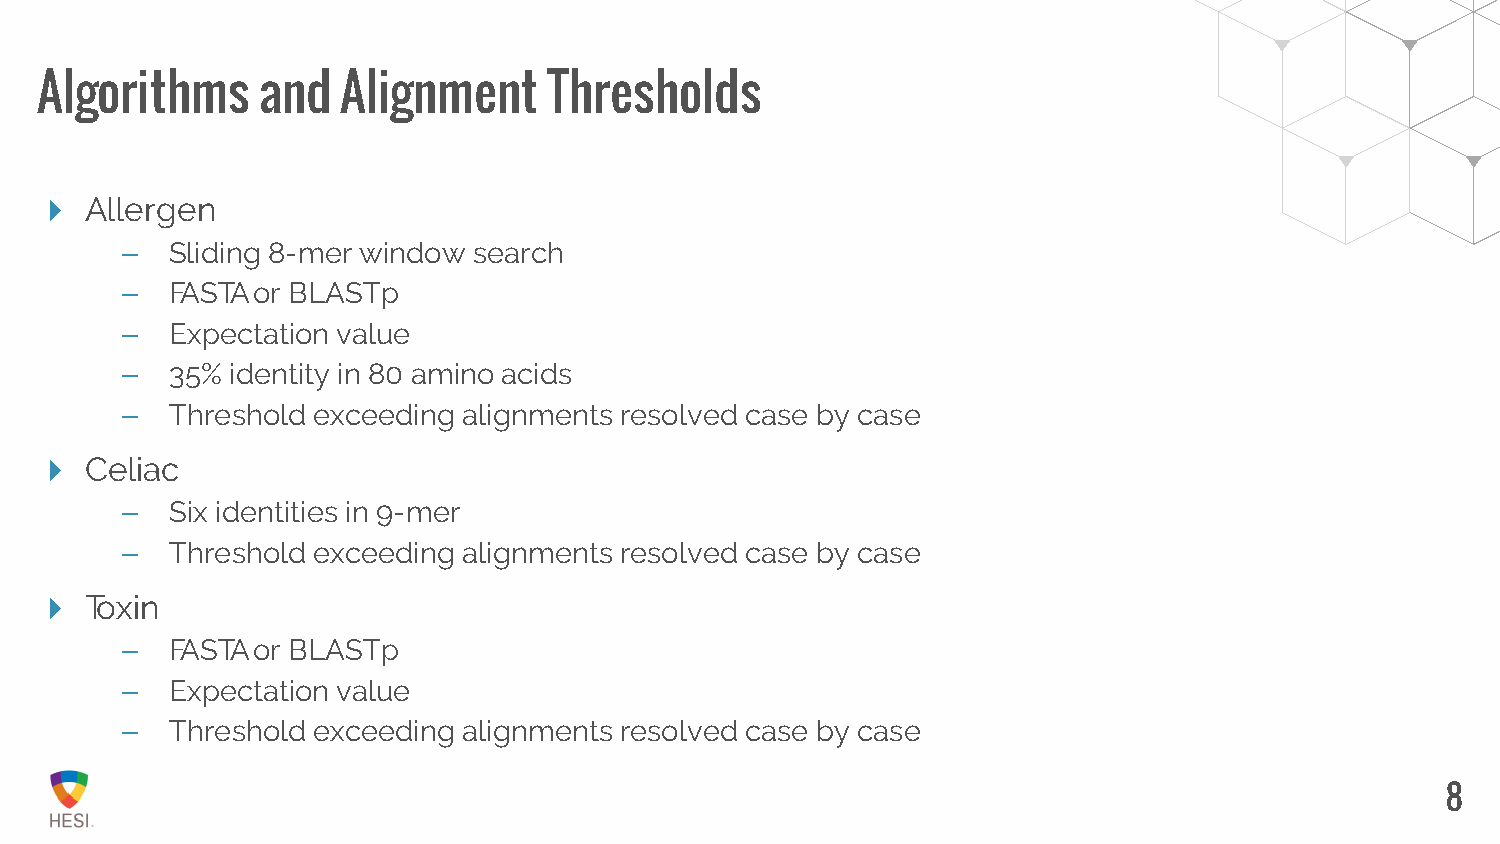
Algorithms     and   Alignment    Thresholds
    Allergen
 –  Sliding 8-mer window search
 –  FASTA or BLASTp
 –  Expectation value
 –  35% identity in 80 amino acids
 –  Threshold exceeding alignments resolved case by case
    Celiac
 –  Six identities in 9-mer
 –  Threshold exceeding alignments resolved case by case
    Toxin
 –  FASTA or BLASTp
 –  Expectation value
 –  Threshold exceeding alignments resolved case by case
 8